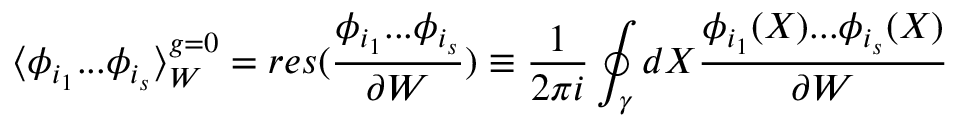
\langle \phi _ { i _ { 1 } } . . . \phi _ { i _ { s } } \rangle _ { W } ^ { g = 0 } = r e s ( \frac { \phi _ { i _ { 1 } } . . . \phi _ { i _ { s } } } { \partial W } ) \equiv \frac { 1 } { 2 \pi i } \oint _ { \gamma } d X \frac { \phi _ { i _ { 1 } } ( X ) . . . \phi _ { i _ { s } } ( X ) } { \partial W }